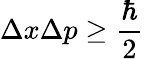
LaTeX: \Delta x\Delta p\geq{\frac{\hbar}{2}}